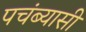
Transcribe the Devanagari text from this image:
पचंब्यासी